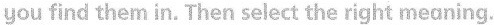
you find them in. Then select the right meaning.